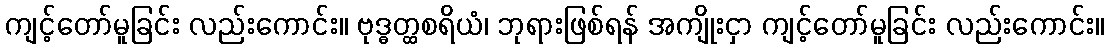
ကျင့်တော်မူခြင်း လည်းကောင်း။ ဗုဒ္ဓတ္ထစရိယံ၊ ဘုရားဖြစ်ရန် အကျိုးငှာ ကျင့်တော်မူခြင်း လည်းကောင်း။